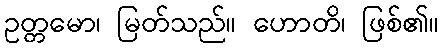
ဥတ္တမော၊ မြတ်သည်။ ဟောတိ၊ ဖြစ်၏။